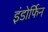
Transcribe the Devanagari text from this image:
इंडोर्फिन